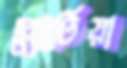
প্রোটিয়া